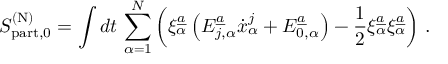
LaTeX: S _ { \mathrm { p a r t } , 0 } ^ { ( \mathrm { N } ) } = \int d t \, \sum _ { \alpha = 1 } ^ { N } \left( \xi _ { \alpha } ^ { \underline { { { a } } } } \left( E _ { j , \alpha } ^ { \underline { { { a } } } } \dot { x } _ { \alpha } ^ { j } + E _ { 0 , \alpha } ^ { \underline { { { a } } } } \right) - { \frac { 1 } { 2 } } \xi _ { \alpha } ^ { \underline { { { a } } } } \xi _ { \alpha } ^ { \underline { { { a } } } } \right) \, .